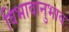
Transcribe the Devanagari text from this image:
विभावानुभाव